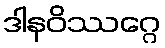
ဒါနဝိဿဂ္ဂေ